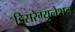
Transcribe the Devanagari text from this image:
डिसरेग्युलेशन